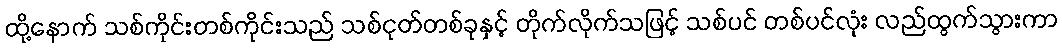
ထို့နောက် သစ်ကိုင်းတစ်ကိုင်းသည် သစ်ငုတ်တစ်ခုနှင့် တိုက်လိုက်သဖြင့် သစ်ပင် တစ်ပင်လုံး လည်ထွက်သွားကာ